Report of the Indian Hemp Drugs Commission, 1894-1895 - Volume III
Year: 1894
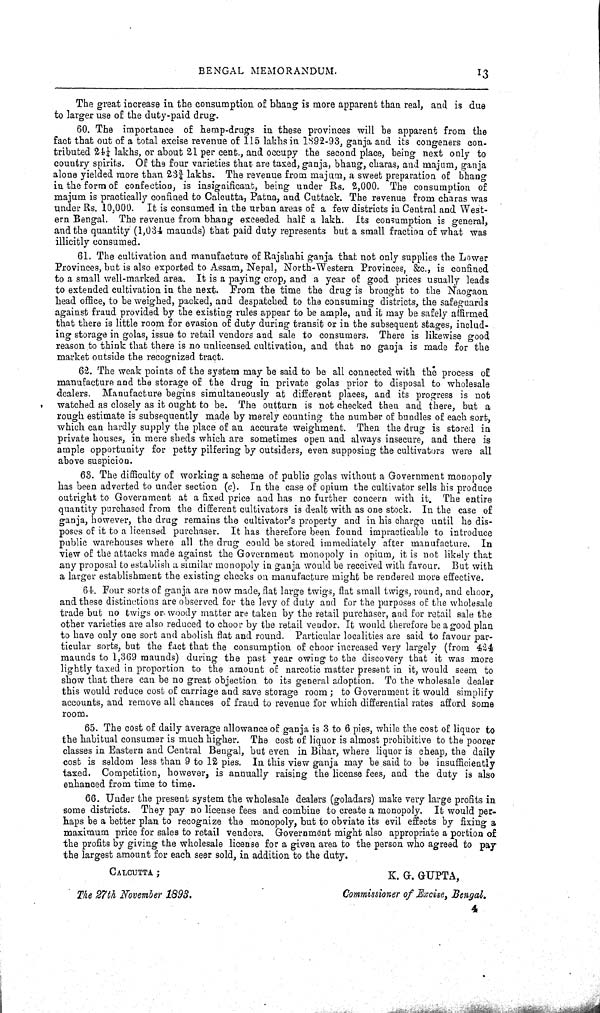
BENGAL MEMORANDUM.
13
The great increase in the consumption of bhang is more apparent than real, and is due
to larger use of the duty-paid drug.
60. The importance of hemp-drugs in these provinces will be apparent from the
fact that out of a total excise revenue of 115 lakhs in 1892-93, ganja and its congeners con-
tributed 241/4 lakhs, or about 21 per cent., and occupy the second place, being next only to
country spirits. Of the four varieties that are taxed, ganja, bhang, charas, and majum, ganja
alone yielded more than 233/4 lakhs. The revenue from majum, a sweet preparation of bhang
in the form of confection, is insignificant, being under Rs. 2,000. The consumption of
majum is practically confined to Calcutta, Patna, and Cuttack. The revenue from charas was
under Rs. 10,000. It is consumed in the urban areas of a few districts in Central and West-
ern Bengal. The revenue from bhang exceeded half a lakh. Its consumption is general,
and the quantity (1,034 maunds) that paid duty represents but a small fraction of what was
illicitly consumed.
61. The cultivation and manufacture of Rajshahi ganja that not only supplies the Lower
Provinces, but is also exported to Assam, Nepal, North-Western Provinces, &c., is confined
to a small well-marked area. It is a paying crop, and a year of good prices usually leads
to extended cultivation in the next. From the time the drug is brought to the Naogaon
head office, to be weighed, packed, and despatched to the consuming districts, the safeguards
against fraud provided by the existing rules appear to be ample, and it may be safely affirmed
that there is little room for evasion of duty during transit or in the subsequent stages, includ-
ing storage in golas, issue to retail vendors and sale to consumers. There is likewise good
reason to think that there is no unlicensed cultivation, and that no ganja is made for the
market outside the recognized tract.
62. The weak points of the system may be said to be all connected with the process of
manufacture and the storage of the drug in private golas prior to disposal to wholesale
dealers. Manufacture begins simultaneously at different places, and its progress is not
watched as closely as it ought to be. The outturn is not checked then and there, but a
rough estimate is subsequently made by merely counting the number of bundles of each sort,
which can hardly supply the place of an accurate weighment. Then the drug is stored in
private houses, in mere sheds which are sometimes open and always insecure, and there is
ample opportunity for petty pilfering by outsiders, even supposing the cultivators were all
above suspicion.
63. The difficulty of working a scheme of public golas without a Government monopoly
has been adverted to under section (c). In the case of opium the cultivator sells his produce
outright to Government at a fixed price and has no further concern with it. The entire
quantity purchased from the different cultivators is dealt with as one stock. In the case of
ganja, however, the drug remains the cultivator's property and in his charge until he dis-
poses of it to a licensed purchaser. It has therefore been found impracticable to introduce
public warehouses where all the drug could be stored immediately after manufacture. In
view of the attacks made against the Government monopoly in opium, it is not likely that
any proposal to establish a similar monopoly in ganja would be received with favour. But with
a larger establishment the existing checks on manufacture might be rendered more effective.
64. Four sorts of ganja are now made, flat large twigs, flat small twigs, round, and choor,
and these distinctions are observed for the levy of duty and for the purposes of the wholesale
trade but no twigs or woody matter are taken by the retail purchaser, and for retail sale the
other varieties are also reduced to choor by the retail vendor. It would therefore be a good plan
to have only one sort and abolish flat and round. Particular localities are said to favour par-
ticular sorts, but the fact that the consumption of choor increased very largely (from 424
maunds to 1,369 maunds) during the past year owing to the discovery that it was more
lightly taxed in proportion to the amount of narcotic matter present in it, would seem to
show that there can be no great objection to its general adoption. To the wholesale dealer
this would reduce cost of carriage and save storage room; to Government it would simplify
accounts, and remove all chances of fraud to revenue for which differential rates afford some
room.
65. The cost of daily average allowance of ganja is 3 to 6 pies, while the cost of liquor to
the habitual consumer is much higher. The cost of liquor is almost prohibitive to the poorer
classes in Eastern and Central Bengal, but even in Bihar, where liquor is cheap, the daily
cost is seldom less than 9 to 12 pies. In this view ganja may be said to be insufficiently
taxed. Competition, however, is annually raising the license fees, and the duty is also
enhanced from time to time.
66. Under the present system the wholesale dealers (goladars) make very large profits in
some districts. They pay no license fees and combine to create a monopoly. It would per-
haps be a better plan to recognize the monopoly, but to obviate its evil effects by fixing a
maximum price for sales to retail vendors. Government might also appropriate a portion of
the profits by giving the wholesale license for a given area to the person who agreed to pay
the largest amount for each seer sold, in addition to the duty.
CALCUTTA;
K.
G. GUPTA,
The 27th November
1893.
Commissioner of Excise, Bengal.
4